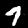
Label: 7